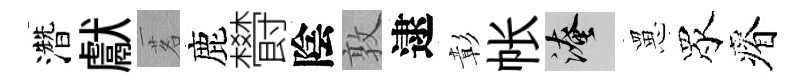
濳獻茗鹿欎陰敦逮彰帐淹罳眾瘠